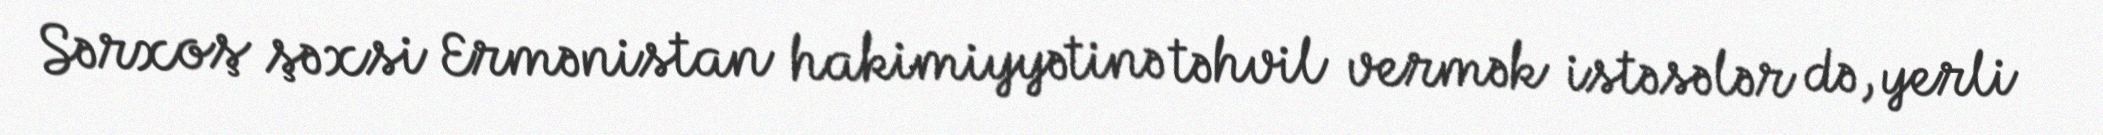
Sərxoş şəxsi Ermənistan hakimiyyətinə təhvil vermək istəsələr də, yerli